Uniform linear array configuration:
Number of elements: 16
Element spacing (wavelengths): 0.25
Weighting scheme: hann
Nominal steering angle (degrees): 45
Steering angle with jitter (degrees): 45.947
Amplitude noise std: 0.05
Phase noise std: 0.05

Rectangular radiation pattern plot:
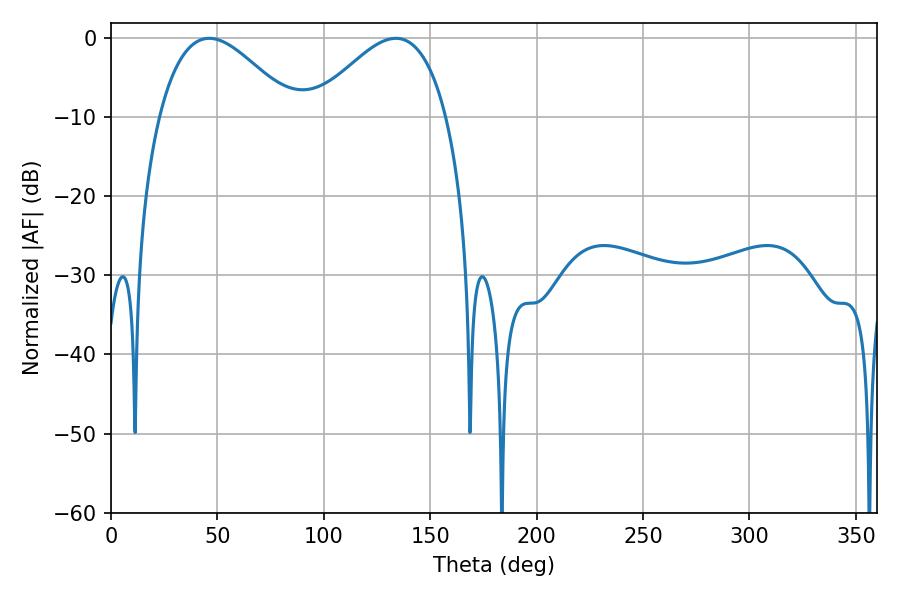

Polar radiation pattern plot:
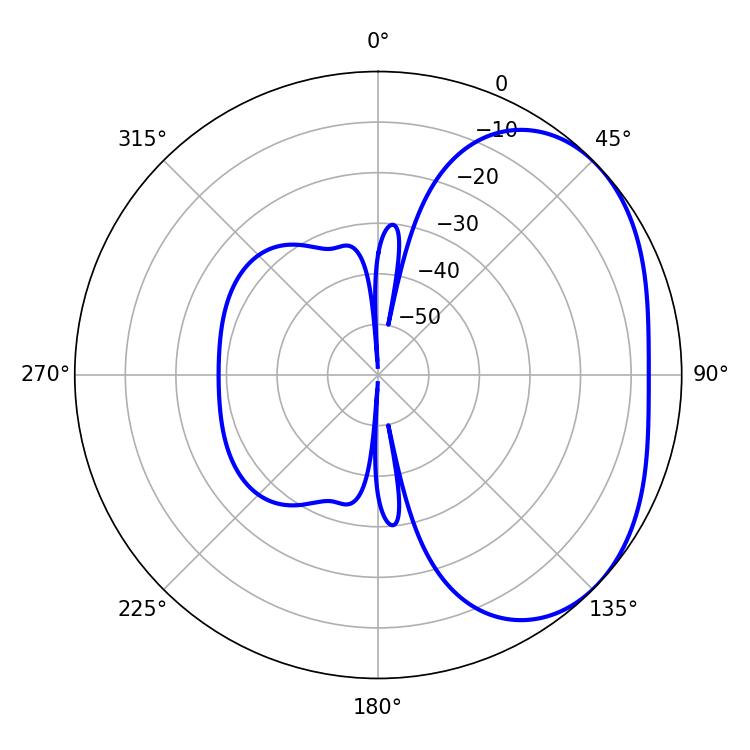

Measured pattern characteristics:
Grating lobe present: FALSE
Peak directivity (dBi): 3.014
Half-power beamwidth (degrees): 34.02
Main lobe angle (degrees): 46.08